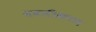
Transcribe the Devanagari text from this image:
धवलीकरण